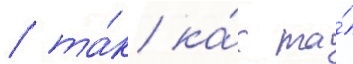
/ та́к ка́к та́